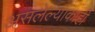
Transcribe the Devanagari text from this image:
असलेल्याकाही